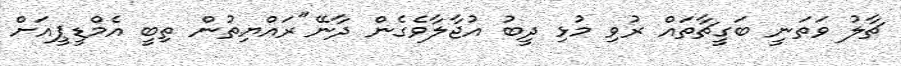
ޗާލު ވަތަނީ ބަގީޗާތައް ރުވި މުޅި ދީބު އުޖާލާވެގެން ދާނޭ"ރައްޔިތުން ތިބީ އެމްޑީޕީއަށް